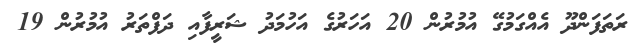
ރަތަފަންދޫ އެއްގަމުގޭ އުމުރުން 20 އަހަރުގެ އަހުމަދު ޝަރީފާއި ދަފްތަރު އުމުރުން 19